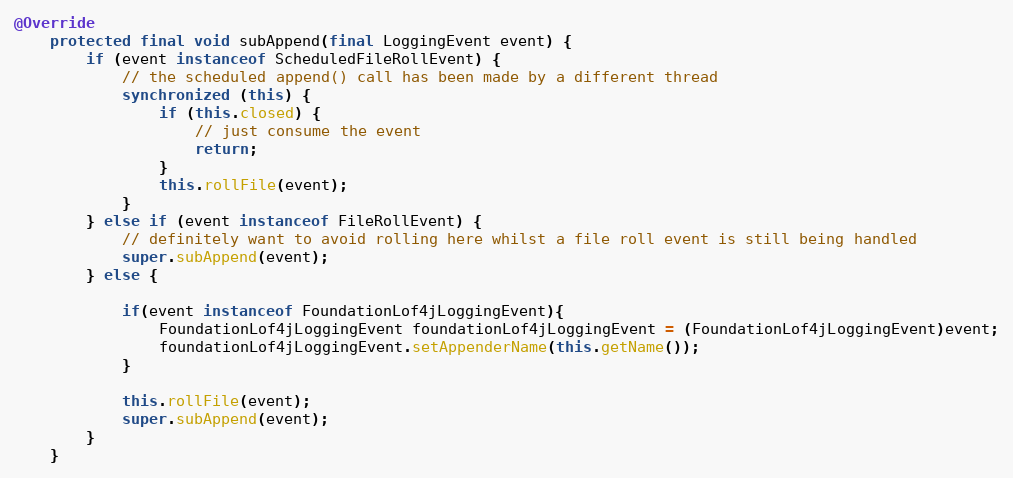
Language: Java
@Override
	protected final void subAppend(final LoggingEvent event) {
		if (event instanceof ScheduledFileRollEvent) {
			// the scheduled append() call has been made by a different thread
			synchronized (this) {
				if (this.closed) {
					// just consume the event
					return;
				}
				this.rollFile(event);
			}
		} else if (event instanceof FileRollEvent) {
			// definitely want to avoid rolling here whilst a file roll event is still being handled
			super.subAppend(event);
		} else {

			if(event instanceof FoundationLof4jLoggingEvent){
				FoundationLof4jLoggingEvent foundationLof4jLoggingEvent = (FoundationLof4jLoggingEvent)event;
				foundationLof4jLoggingEvent.setAppenderName(this.getName());
			}

			this.rollFile(event);
			super.subAppend(event);
		}
	}